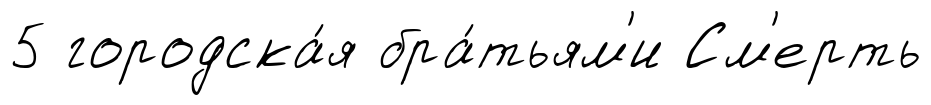
5 городска́я бра́тьям'и См'ерть